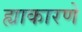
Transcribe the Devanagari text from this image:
ह्याकारणे